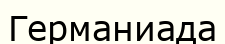
Германиада